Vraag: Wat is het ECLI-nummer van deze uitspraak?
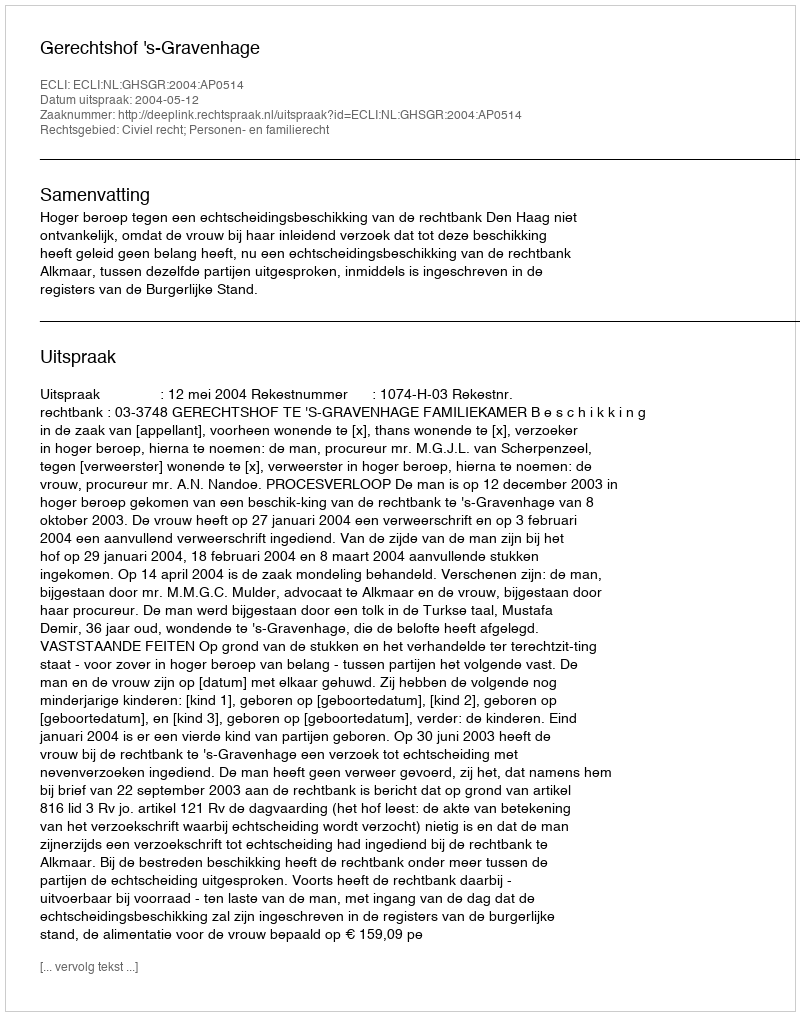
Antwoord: ECLI:NL:GHSGR:2004:AP0514